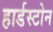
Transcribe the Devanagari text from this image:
हार्डस्टोन